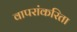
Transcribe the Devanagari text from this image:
वापरांकरिता